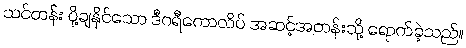
သင်တန်း ပို့ချနိုင်သော ဒီဂရီကောလိပ် အဆင့်အတန်းသို့ ရောက်ခဲ့သည်။